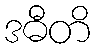
ဒဓီတိ